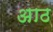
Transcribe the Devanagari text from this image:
अाठ